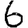
Digit: 6